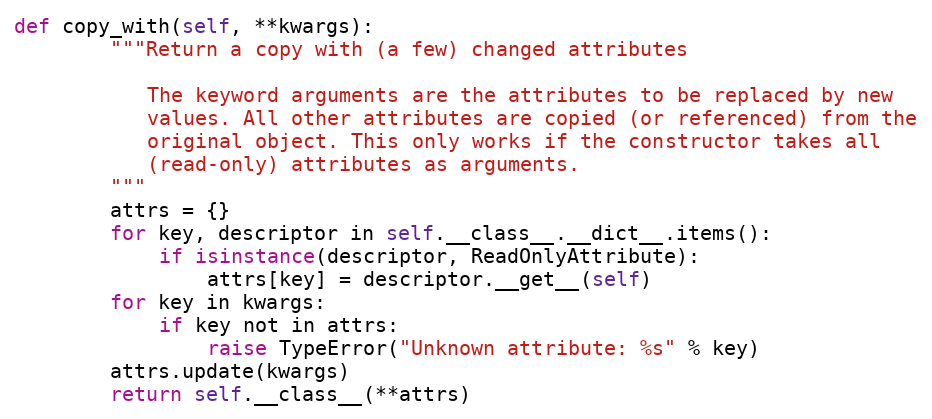
Language: Python
def copy_with(self, **kwargs):
        """Return a copy with (a few) changed attributes

           The keyword arguments are the attributes to be replaced by new
           values. All other attributes are copied (or referenced) from the
           original object. This only works if the constructor takes all
           (read-only) attributes as arguments.
        """
        attrs = {}
        for key, descriptor in self.__class__.__dict__.items():
            if isinstance(descriptor, ReadOnlyAttribute):
                attrs[key] = descriptor.__get__(self)
        for key in kwargs:
            if key not in attrs:
                raise TypeError("Unknown attribute: %s" % key)
        attrs.update(kwargs)
        return self.__class__(**attrs)